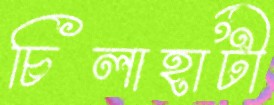
চিলাহাটী